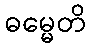
ဓမ္မေတိ